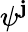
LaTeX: \psi^{\mathbf{j}}